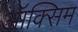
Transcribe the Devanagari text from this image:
ऑक्सिम